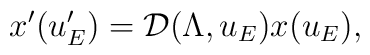
x'(u_E') = \mathcal{D}(\Lambda, u_E) x(u_E),